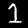
Label: 1